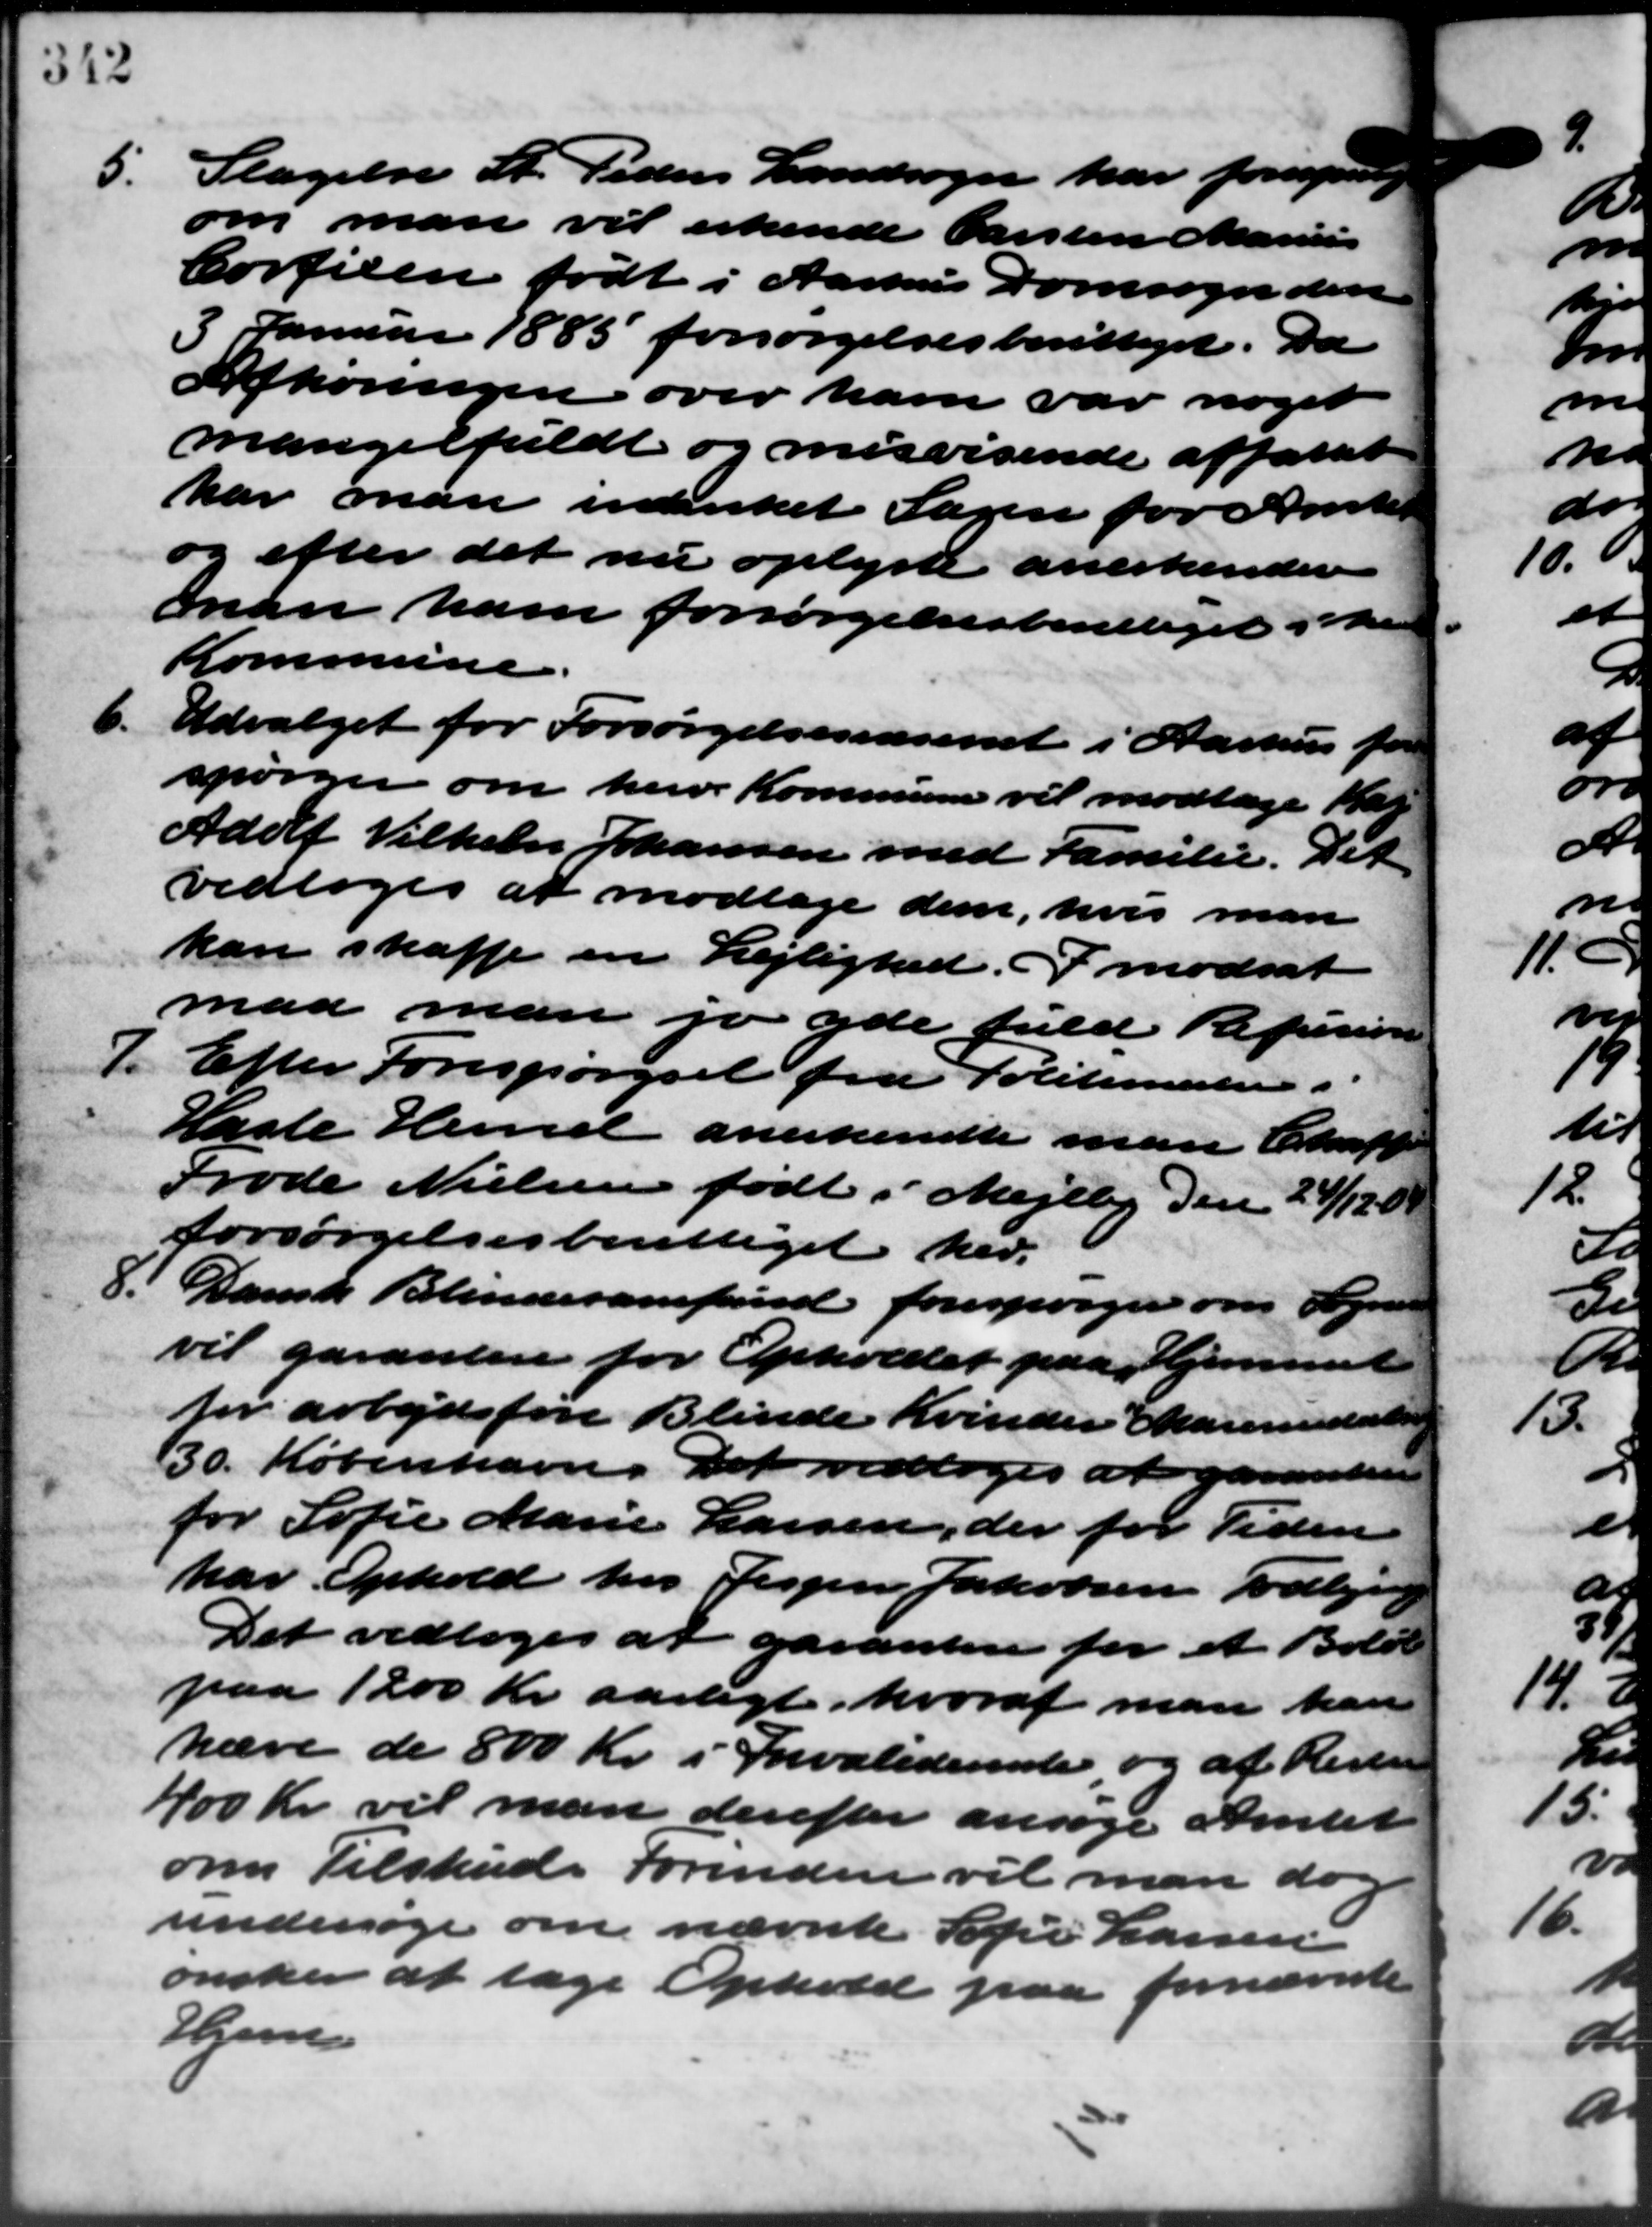
Transskription:
5.
Stagelse St. Peders Landsogn har forespørg
om man vil erkende Carsten Marius
Corfixen født i Aarhus Domsogn den
Januar 1885 forsørgelsesberettiget. Da
Afhøringen over ham var noget
mangelfeldt og misvisende affattet.
har man indanket Sagen for Amtet
og efter det nu oplyste anerkender
man ham forsørgelsesberettiget i Me
Kommune.
6. Udvalget for Forsørgelsesvæsenet i Aarhus for
6. Udvalget for Forsørgelsesvæsenet i Aarhus for
spørger om herv. Kommunen vil modtage K
Adolf Vilhelm Johansen med Familie. Det
vedtoges at modtage dem, hvis man
kan skaffe en Lejlighed. I modsat
maa man jo yde fuld Refusion
7.
Efter Forespørgsel fra Politimesteren i
Hasle Herred anerkendte man Chaff
Frode Nielsen født i Mejlby den 24/12 0
forsørgelsesberettiget her.
8. Dansk Blindesamfund forespørger om Sogner
8. Dansk Blindesamfund forespørger om Sogner
vil garanter for Opholdet paa Hjemmet
for arbejdsføre Blinde Kvinder Marinusator
30. København. Det vedtoges at gaaendere
for Sofie Marie Larsen, der for Tiden
har Ophold hos Jesper Jakobsen Todbjerg
Det vedtoges at garanten for et Beløb
paa 1200 Kr. aarligt, hvoraf man kan
hæve de 800 Kr. i Invaliderente og af Reste
400 Kr. vil man derefter ansøge Amtet
om Tilskud. Forinden vil man dog
undersøge om nævnte Sofie Larsen
ønsker at tage Ophold paa fornævnte
Hjem